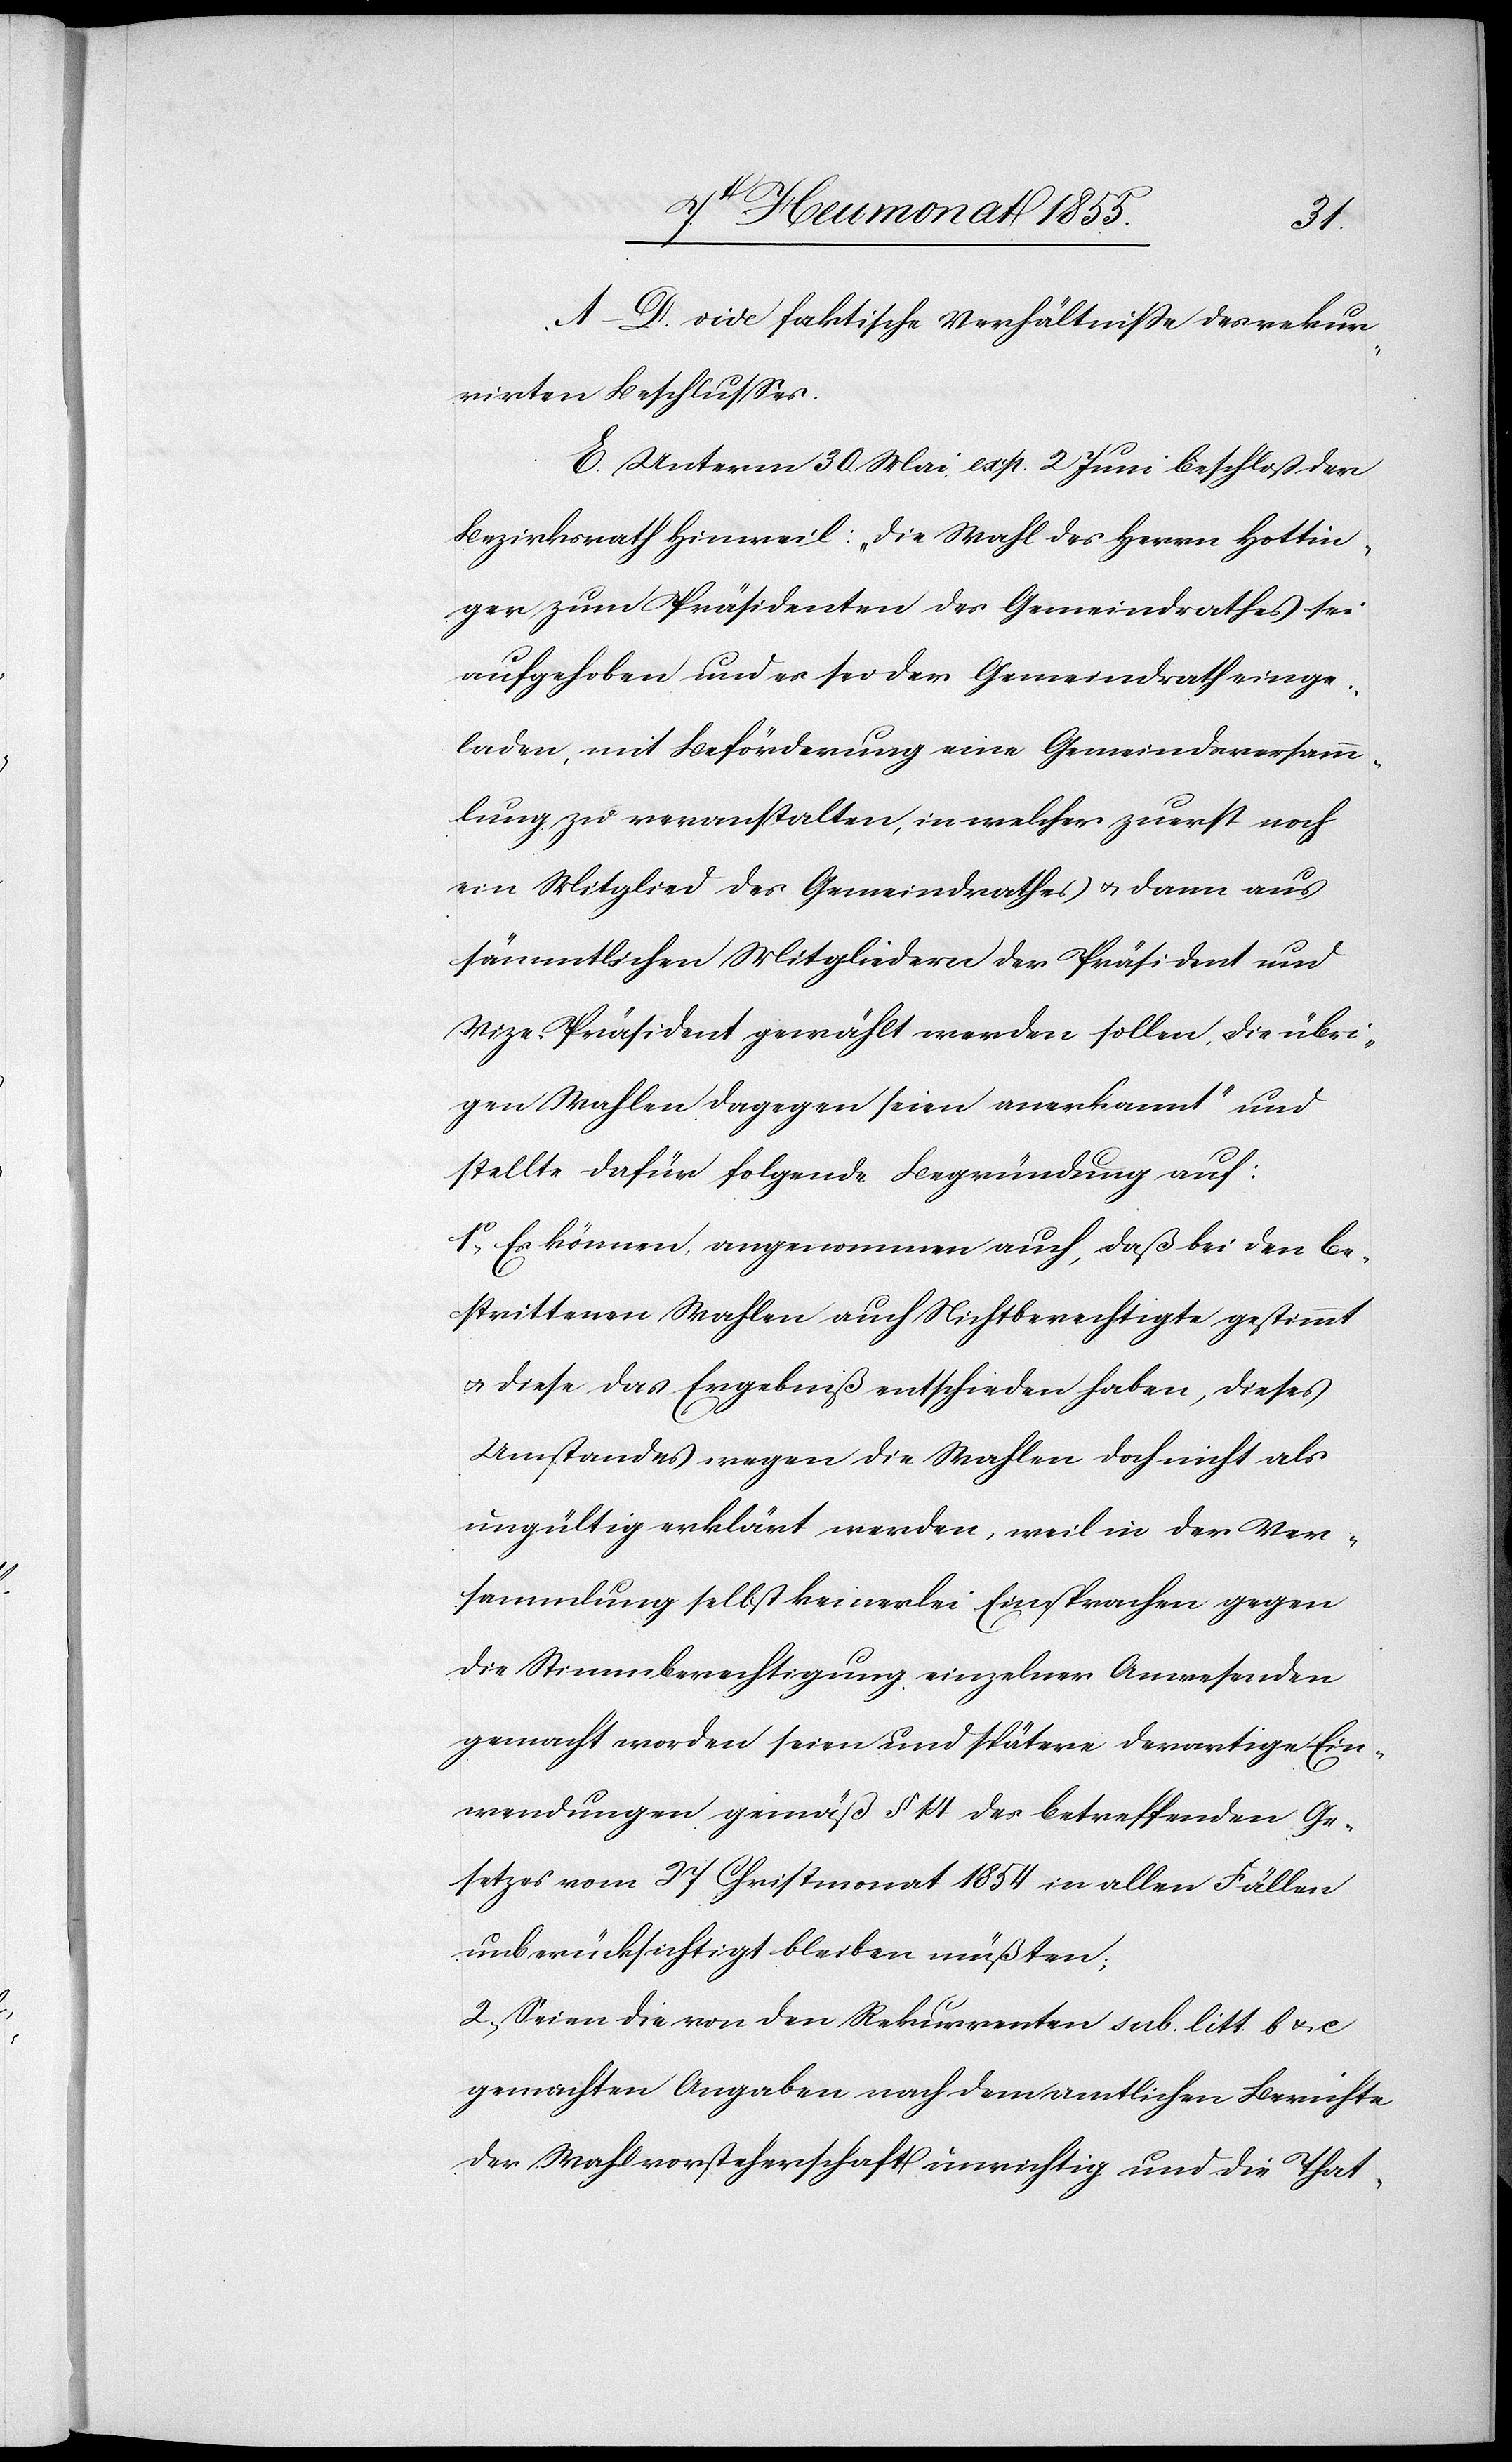
A–D. vide faktische Verhältnisse des rekur¬
rirten Beschlusses.
E. Unterm 30. Mai exp. 2 Juni beschloß der
Bezirksrath Hinweil: „Die Wahl des Herrn Hottin¬
ger zum Präsidenten des Gemeindrathes sei
aufgehoben und es sei der Gemeindrath einge¬
laden, mit Beförderung eine Gemeindsversamm¬
lung zu veranstalten, in welcher zuerst noch
ein Mitglied des Gemeindrathes & dann aus
sämmtlichen Mitgliedern der Präsident und
Vize-Präsident gewählt werden sollen, die übri¬
gen Wahlen dagegen seien anerkannt“ und
stellte dafür folgende Begründung auf:
1o, Es können, angenommen auch, daß bei den be¬
strittenen Wahlen auch Nichtberechtigte gestimmt
& diese das Ergebniß entschieden haben, dieses
Umstandes wegen die Wahlen doch nicht als
ungültig erklärt werden, weil in der Ver¬
sammlung selbst keinerlei Einsprachen gegen
die Stimmberechtigung einzelner Anwesenden
gemacht worden seien und spätere derartige Ein¬
wendungen gemäß § 14 des betreffenden Ge¬
setzes vom 27 Christmonat 1854 in allen Fällen
unberücksichtigt bleiben müßten;
2, Seien die von den Rekurrenten sub. litt. b & c
gemachten Angaben nach dem amtlichen Berichte
der Wahlvorsteherschaft unrichtig und die That-